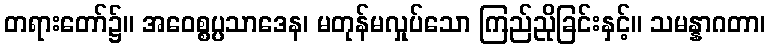
တရားတော်၌။ အဝေစ္စပ္ပသာဒေန၊ မတုန်မလှုပ်သော ကြည်ညိုခြင်းနှင့်။ သမန္နာဂတာ၊